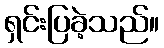
ရှင်းပြခဲ့သည်။